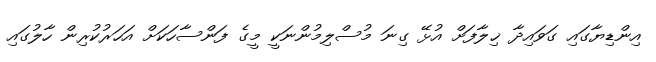
އިންޑިޔާގައި ގަވައިދާ ޚިލާފަށް އުޅޭ ގިނަ މުސްލިމުންނަކީ މީގެ ފަންސާހަކަށް އަހަރުކުރިން ހާލުގައި